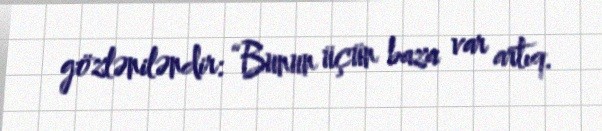
gözləniləndir: “Bunun üçün baza var artıq.